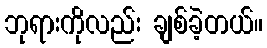
ဘုရားကိုလည်း ချစ်ခဲ့တယ်။